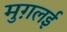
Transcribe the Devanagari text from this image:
मुग़लई